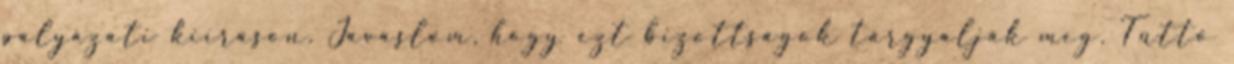
pályázati kiíráson. Javaslom, hogy ezt bizottságok tárgyalják meg. Tüttő